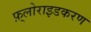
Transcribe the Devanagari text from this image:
फ़्लोराइडकरण